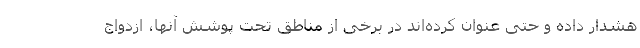
هشدار داده و حتی عنوان کرده‌اند در برخی از مناطق تحت پوشش آنها، ازدواج